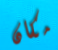
مكان